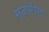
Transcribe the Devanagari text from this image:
मुजोरीला